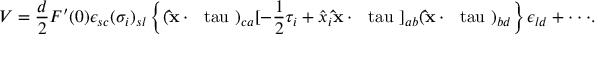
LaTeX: V = { \frac { d } { 2 } } F ^ { \prime } ( 0 ) \epsilon _ { s c } ( \sigma _ { i } ) _ { s { l } } \left\{ ( { \bf \hat { x } } \cdot { \mathrm { \boldmath ~ \ t a u ~ } } ) _ { c a } [ - { \frac { 1 } { 2 } } \tau _ { i } + \hat { x } _ { i } { \bf \hat { x } } \cdot { \mathrm { \boldmath ~ \ t a u ~ } } ] _ { a b } ( { \bf \hat { x } } \cdot { \mathrm { \boldmath ~ \ t a u ~ } } ) _ { b d } \right\} \epsilon _ { { l } d } + \cdot \cdot \cdot .